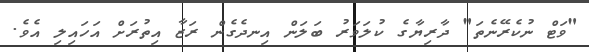
"ވަޓް ނުކެރޭނެތަ" ދާރިޔާގެ ކުލަވަރު ބަލަން އިނދެގެން ރަޒާ އިތުރަށް އަހައިލި އެވެ.